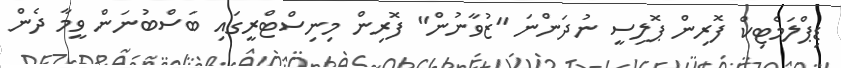
ޑިޕްލަމެޓިކް ފޮރިން ޕޮލިސީ ނުދަންނަ "ޒުވާނުން" ފޮރިން މިނިސްޓްރީގައި ބަސްބުނަން ވީމާ ދެން